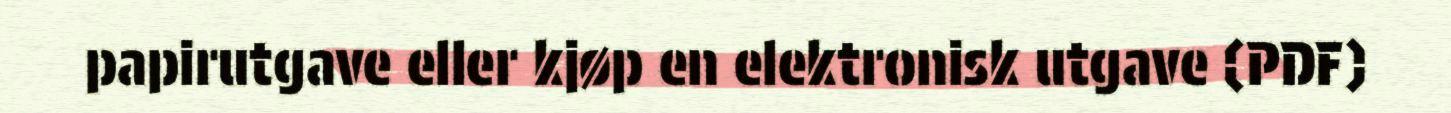
papirutgave eller kjøp en elektronisk utgave (PDF)